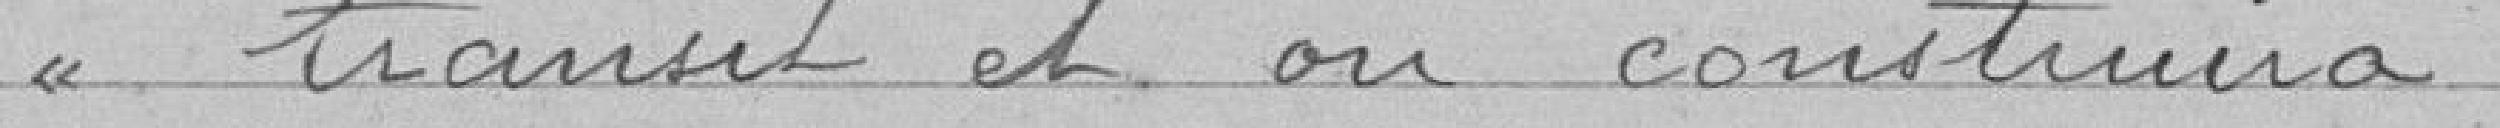
transit et on construira.